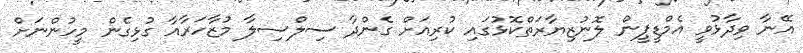
އޭނާ ވިދާޅުވީ އެމްޑީޕީން ލޮނުޒިޔާރަތްކޮޅުގައި ކުރިއަށް ގެންދާ ސިލްސިލާ މުޒާހަރާއާ ގުޅިގެން މީހުންނަށް